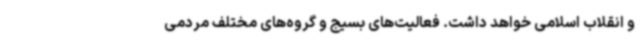
و انقلاب اسلامی خواهد داشت. فعالیت‌های بسیج و گروه‌های مختلف مردمی